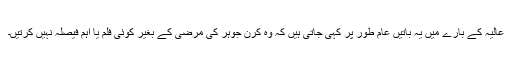
عالیہ کے بارے میں یہ باتیں عام طور پر کہی جاتی ہیں کہ وہ کرن جوہر کی مرضی کے بغیر کوئی فلم یا اہم فیصلہ نہیں کرتیں۔